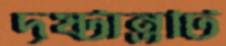
দৃষ্টান্তটি